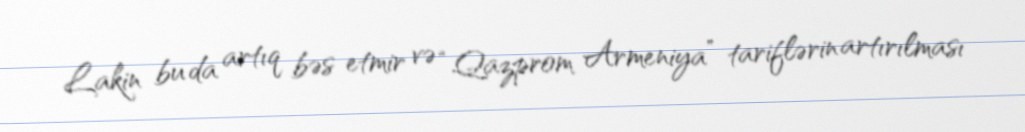
Lakin bu da artıq bəs etmir və “Qazprom Armeniya” tariflərin artırılması